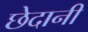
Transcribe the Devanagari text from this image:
छेदानी